Document type: Sale
Year: 1305
Scribe: Bernat de Vilarúbia
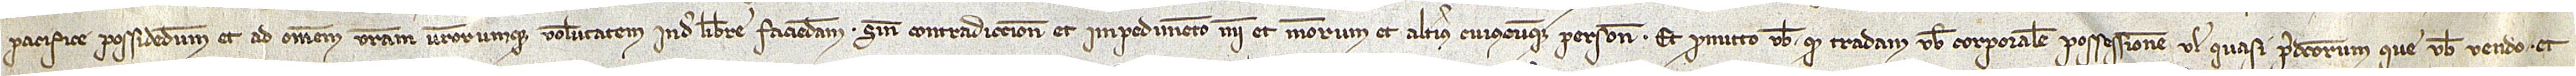
pacifice possidendum et ad omnem vestram vestrorumque voluntatem inde libere faciendam, sine contradiccione et impedimento mei et meorum et alterius cuiuscumque persone. Et promitto vobis quod tradam vobis corporalem possessionem vel quasi predictorum que vobis vendo. Et